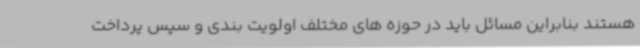
هستند بنابراین مسائل باید در حوزه های مختلف اولویت بندی و سپس پرداخت